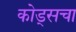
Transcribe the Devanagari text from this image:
कोड्सचा